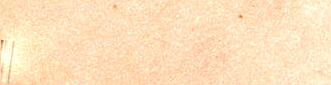
سوبرماركت النخيل